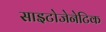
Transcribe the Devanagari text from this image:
साइटोजेनेटिक